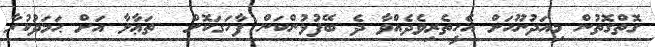
ގޮތްގޮތުން މިއަދުނޫހަށް އެހީތެރިވެދެއްވާ ދެ ބޭފުޅުންކަން ފާހަގަކޮށް  ތަޢާލާ އަށް ޙަމަދުކުރާ